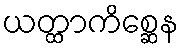
ယတ္ထာကိစ္ဆေန